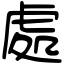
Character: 處